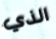
الذي